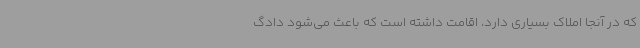
که در آنجا املاک بسیاری دارد، اقامت داشته است که باعث می‌شود دادگ